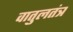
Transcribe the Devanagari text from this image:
वातुलतंत्र